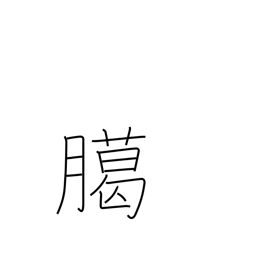
Meaning: year-end sacrifice